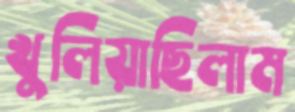
খুলিয়াছিলাম